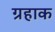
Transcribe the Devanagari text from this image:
ग्रहाक